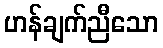
ဟန်ချက်ညီသော